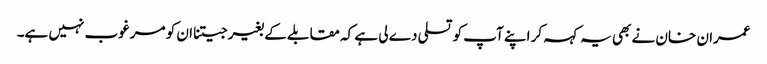
عمران خان نے بھی یہ کہہ کر اپنے آپ کو تسلی دے لی ہے کہ مقابلے کے بغیر جیتنا ان کو مرغوب نہیں ہے۔